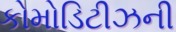
કોમોડિટીઝની